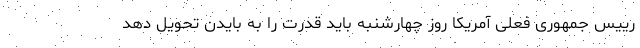
رییس جمهوری فعلی آمریکا روز چهارشنبه باید قدرت را به بایدن تحویل دهد